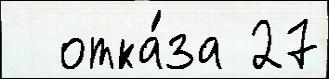
  отка́за 27